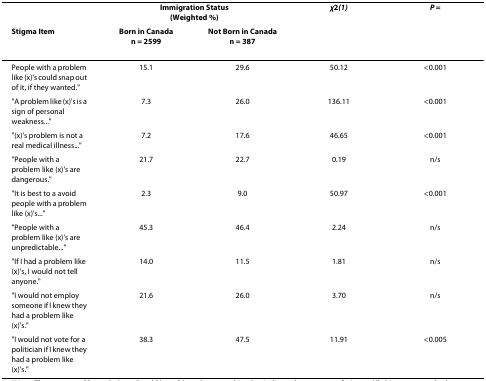
|  | <COLSPAN=2> Immigration Status(Weighted %) | χ2(1) | P = |
 | Stigma Item | Born in Canadan = 2599 | Not Born in Canadan = 387 |  |  |
 | --- | --- | --- | --- | --- |
 | People with a problem like (x)'s could snap out of it, if they wanted." | 15.1 | 29.6 | 50.12 | <0.001 |
 | "A problem like (x)'s is a sign of personal weakness..." | 7.3 | 26.0 | 136.11 | <0.001 |
 | "(x)'s problem is not a real medical illness..." | 7.2 | 17.6 | 46.65 | <0.001 |
 | "People with a problem like (x)'s are dangerous." | 21.7 | 22.7 | 0.19 | n/s |
 | "It is best to a avoid people with a problem like (x)'s..." | 2.3 | 9.0 | 50.97 | <0.001 |
 | "People with a problem like (x)'s are unpredictable..." | 45.3 | 46.4 | 2.24 | n/s |
 | "If I had a problem like (x)'s, I would not tell anyone." | 14.0 | 11.5 | 1.81 | n/s |
 | "I would not employ someone if I knew they had a problem like (x)'s." | 21.6 | 26.0 | 3.70 | n/s |
 | "I would not vote for a politician if I knew they had a problem like (x)'s." | 38.3 | 47.5 | 11.91 | <0.005 |